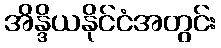
အိန္ဒိယနိုင်ငံအတွင်း